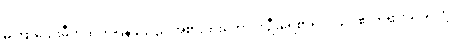
မကြာသေးမီကထုတ်ပြန်ခဲ့သည် အစားထိုးကောင်း ဦးရေစာရင်း သင်၏ဘုရားသခင်ကို